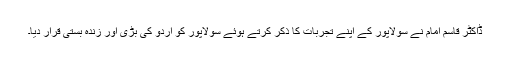
ڈاکٹر قاسم امام نے سولاپور کے اپنے تجربات کا ذکر کرتے ہوئے سولاپور کو اردو کی بڑی اور زندہ بستی قرار دیا۔